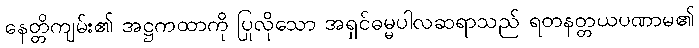
နေတ္တိကျမ်း၏ အဋ္ဌကထာကို ပြုလိုသော အရှင်ဓမ္မပါလဆရာသည် ရတနတ္တယပဏာမ၏